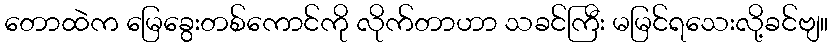
တောထဲက မြေခွေးတစ်ကောင်ကို လိုက်တာဟာ သခင်ကြီး မမြင်ရသေးလို့ခင်ဗျ။